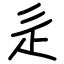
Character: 辵